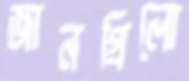
জানগ্রিলো